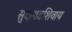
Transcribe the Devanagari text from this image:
सुधागडशिवाय